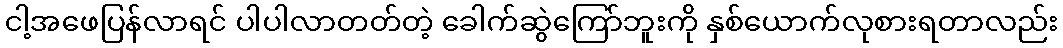
ငါ့အဖေပြန်လာရင် ပါပါလာတတ်တဲ့ ခေါက်ဆွဲကြော်ဘူးကို နှစ်ယောက်လုစားရတာလည်း